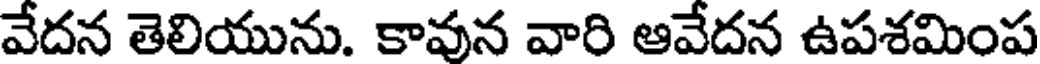
వేదన తెలియును. కావున వారి ఆవేదన ఉపశమింప